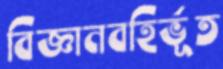
বিজ্ঞানবহির্ভূত